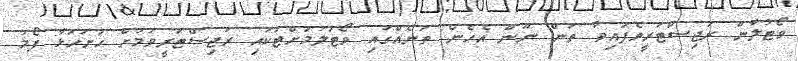
ވޯޓުލާން ރަޖިސްޓަރީވެފައިވާ ތަން ނޫން އެހެން ތަނެއްގައި ވޯޓުލުމަށްޓަކައި ރަޖިސްޓަރީވުމަށް ހުށަހަޅާ ފޯމު